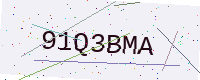
Text: 91Q3BMA